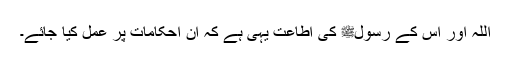
اللہ اور اُس کے رسولﷺ کی اطاعت یہی ہے کہ ان احکامات پر عمل کیا جائے۔